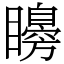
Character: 矏